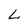
Character: L